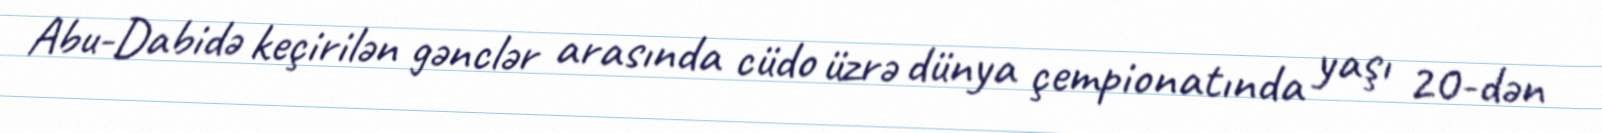
Abu-Dabidə keçirilən gənclər arasında cüdo üzrə dünya çempionatında yaşı 20-dən